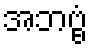
အဘဗ္ဗံ